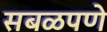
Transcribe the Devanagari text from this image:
सबळपणे